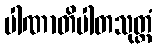
ပါဏာတိပါတသုတ္တံ